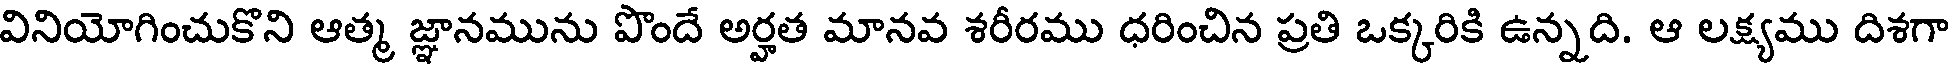
వినియోగించుకొని ఆత్మ జ్ఞానమును పొందే అర్హత మానవ శరీరము ధరించిన ప్రతి ఒక్కరికి ఉన్నది. ఆ లక్ష్యము దిశగా